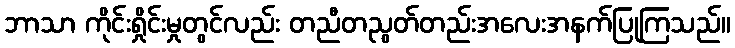
ဘာသာ ကိုင်းရှိုင်းမှုတွင်လည်း တညီတညွတ်တည်းအလေးအနက်ပြုကြသည်။